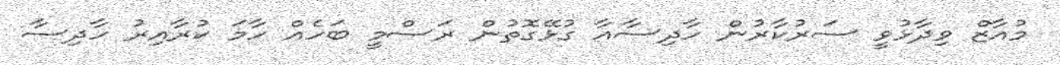
މުއާޒް ވިދާޅުވީ ސަރުކާރުން ހާދިސާއާ ގުޅޭގޮތުން ރަސްމީ ބަހެއް ހާމަ ކުރާއިރު ހާދިސާ